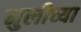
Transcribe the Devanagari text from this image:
मुलीच्‍या